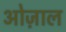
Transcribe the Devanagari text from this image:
ओज़ाल